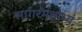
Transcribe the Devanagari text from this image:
सागरमक्षोभ्यं